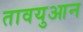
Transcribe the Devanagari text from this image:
तावयुआन